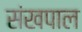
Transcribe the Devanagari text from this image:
संखपाल